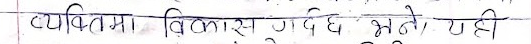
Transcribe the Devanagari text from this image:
व्यक्तिमा विकास गर्दछ भने, यही